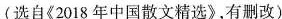
(选自《2018年中国散文精选》，有删改)